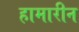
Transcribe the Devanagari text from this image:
हामारीन